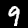
Digit: 9